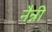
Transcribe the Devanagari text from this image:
नैन्नी